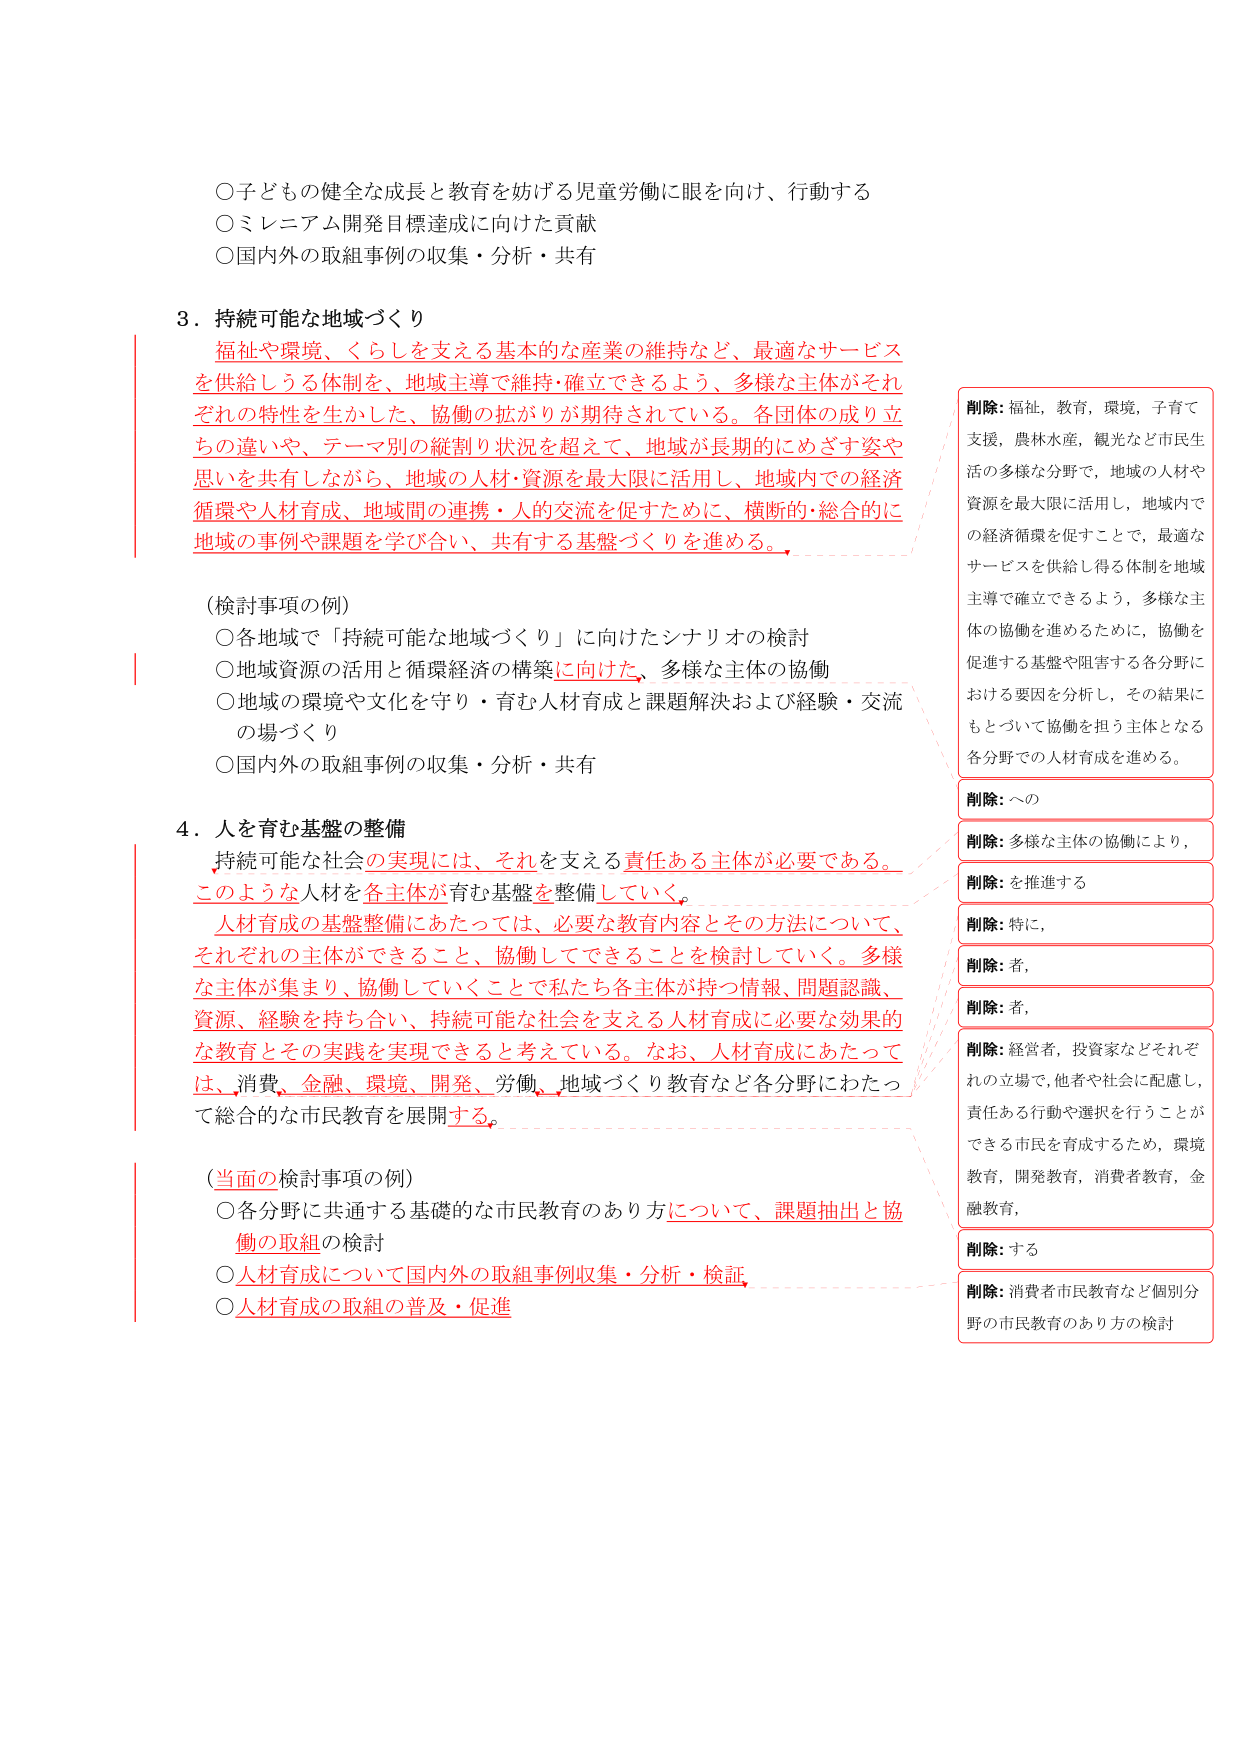
○子どもの健全な成長と教育を妨げる児童労働に眼を向け、行動する
○ミレニアム開発目標達成に向けた貢献
○国内外の取組事例の収集・分析・共有

3．持続可能な地域づくり
福祉や環境、くらしを支える基本的な産業の維持など、最適なサービスを供給しうる体制を、地域主導で維持・確立できるよう、多様な主体がそれぞれの特性を生かした、協働の拡がりが期待されている。各団体の成り立ちの違いや、テーマ別の縦割り状況を超えて、地域が長期的にめざす姿や思いを共有しながら、地域の人材・資源を最大限に活用し、地域内での経済循環や人材育成、地域間の連携・人的交流を促すために、横断的・総合的に地域の事例や課題を学び合い、共有する基盤づくりを進める。

（検討事項の例）
○各地域で「持続可能な地域づくり」に向けたシナリオの検討
○地域資源の活用と循環経済の構築に向けた、多様な主体の協働
○地域の環境や文化を守り・育む人材育成と課題解決および経験・交流の場づくり
○国内外の取組事例の収集・分析・共有

4．人を育む基盤の整備
持続可能な社会の実現には、それを支える責任ある主体が必要である。このような人材を各主体が育む基盤を整備していく。人材育成の基盤整備にあたっては、必要な教育内容とその方法について、それぞれの主体ができること、協働してできることを検討していく。多様な主体が集まり、協働していくことで私たち各主体が持つ情報、問題認識、資源、経験を持ち合い、持続可能な社会を支える人材育成に必要な効果的な教育とその実践を実現できると考えている。なお、人材育成にあたっては、消費、金融、環境、開発、労働、地域づくり教育など各分野にわたって総合的な市民教育を展開する。

（当面の検討事項の例）
○各分野に共通する基礎的な市民教育のあり方について、課題抽出と協働の取組の検討
○人材育成について国内外の取組事例収集・分析・検証
○人材育成の取組の普及・促進

削除: 福祉, 教育, 環境, 子育て支援, 農林水産, 観光など市民生活の多様な分野で, 地域の人材や資源を最大限に活用し, 地域内での経済循環を促すことで, 最適なサービスを供給し得る体制を地域主導で確立できるよう, 多様な主体の協働を進めるために, 協働を促進する基盤や阻害する各分野における要因を分析し, その結果にもとづいて協働を担う主体となる各分野での人材育成を進める。
削除: への
削除: 多様な主体の協働により,
削除: を推進する
削除: 特に,
削除: 者,
削除: 者,
削除: 経営者, 投資家などそれぞれの立場で, 他者や社会に配慮し, 責任ある行動や選択を行うことができる市民を育成するため, 環境教育, 開発教育, 消費者教育, 金融教育,
削除: する
削除: 消費者市民教育など個別分野の市民教育のあり方の検討